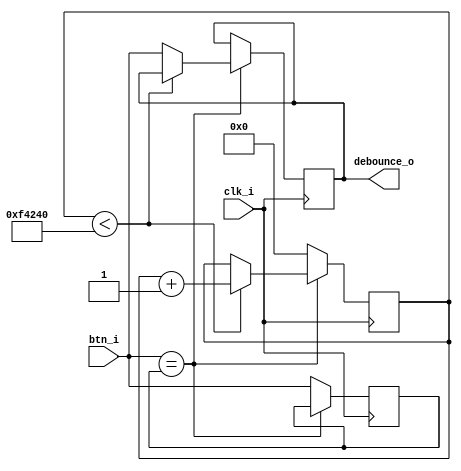
`timescale 1ns/1ps

module debouncer(
	input 		clk_i,
	input 		btn_i,
	output 		debounce_o
);

parameter DEBOUNCE_DURATION = 1_000_000;

reg [20:0] 	btn_ctr_r;
reg 		btn_prev_r;
reg			debounce_r;

initial begin
	btn_ctr_r <= 0;
	btn_prev_r <= 0;
	debounce_r <= 0;
end

always @(posedge clk_i) begin
	if (btn_i == btn_prev_r) begin
		if (btn_ctr_r < DEBOUNCE_DURATION) begin
			btn_ctr_r <= btn_ctr_r + 1;
		end
		else begin
			debounce_r <= btn_i;
		end
	end
	else begin
		btn_ctr_r <= 0;
		btn_prev_r <= btn_i;
	end
end

assign debounce_o = debounce_r;

endmodule